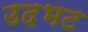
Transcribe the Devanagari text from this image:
उदभट